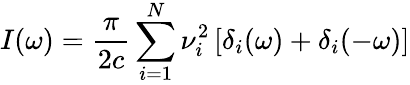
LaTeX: I(\omega)={\frac{\pi}{2c}}\sum_{i=1}^{N}\nu_{i}^{2}\left[\delta_{i}(\omega)+\delta_{i}(-\omega)\right]